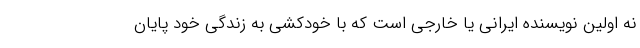
نه اولین نویسنده ایرانی یا خارجی است که با خودکشی به زندگی خود پایان